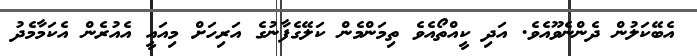
އެބޭކަލުން ދެންނެވޫއެވެ. އަދި ކީއްތޯއެވެ ތިމަންމެން ކަލޭގެފާނުގެ އަރިހަށް މިއައީ އެއުރެން އެކަމާމެދު